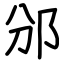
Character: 邠